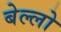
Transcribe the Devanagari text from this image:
बेल्लो